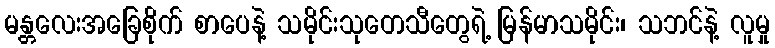
မန္တလေးအခြေစိုက် စာပေနဲ့ သမိုင်းသုတေသီတွေရဲ့ မြန်မာသမိုင်း၊ သဘင်နဲ့ လူမှု